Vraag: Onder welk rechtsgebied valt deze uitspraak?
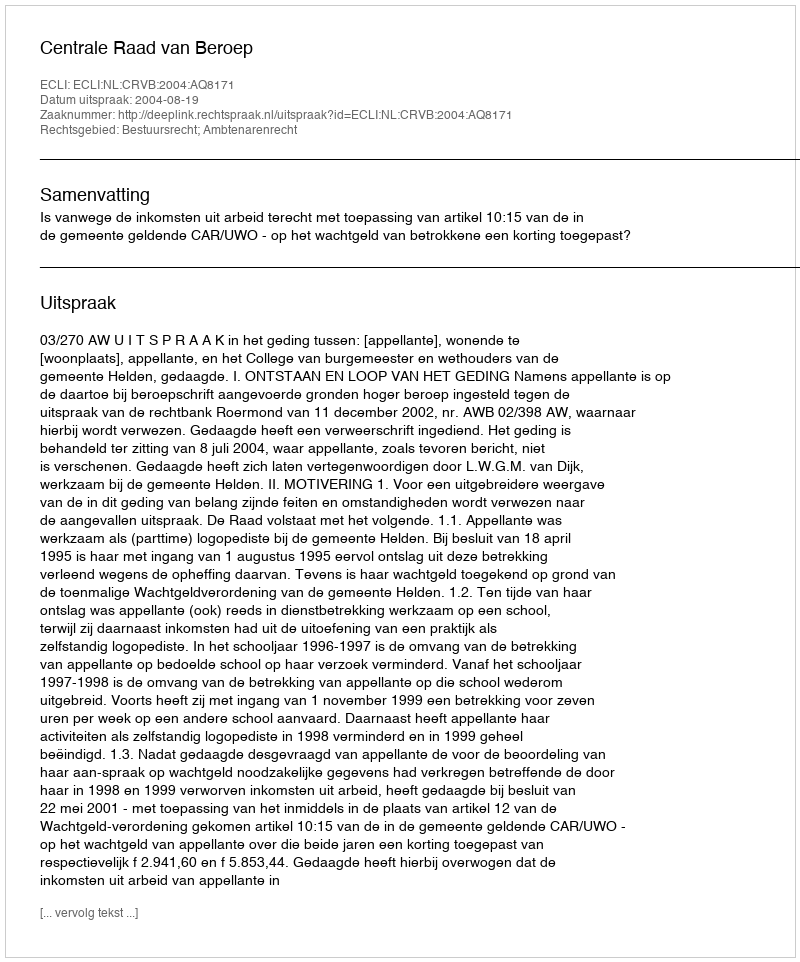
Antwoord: Bestuursrecht; Ambtenarenrecht